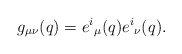
\begin{align*}g_{\mu \nu }(q) = e^i{}_\mu (q) e^i{}_\nu (q).\end{align*}